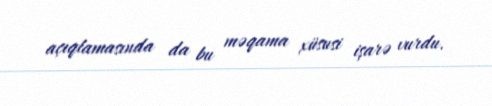
açıqlamasında da bu məqama xüsusi işarə vurdu.